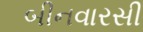
બીનવારસી